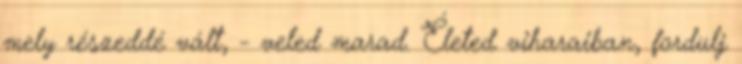
mely részeddé vált, - veled marad. Életed viharaiban, fordulj